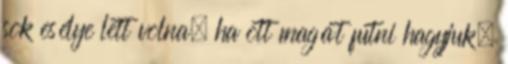
sok esélye lett volna, ha ott magát futni hagyjuk.